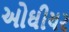
ઓઘીયર